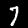
Label: 7